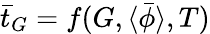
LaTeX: \bar{t}_{G}=f(G,\langle\bar{\phi}\rangle,T)